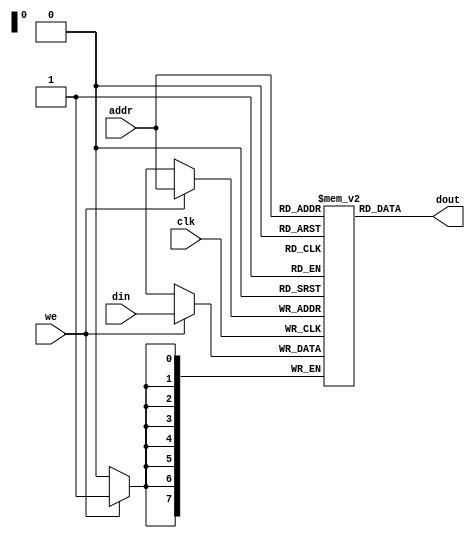
module RAM_SP_AR(clk, addr, we, din, dout);
    parameter  DATA_WIDTH = 8;
    parameter  ADDR_WIDTH = 8;
    localparam RAM_DEPTH  = 1 << ADDR_WIDTH;
    input  clk;
    input  [(ADDR_WIDTH-1):0] addr;
    input  we;
    input  [(DATA_WIDTH-1):0] din;
    output [(DATA_WIDTH-1):0] dout;

    reg [(DATA_WIDTH-1):0] ram [0:(RAM_DEPTH-1)];

    assign dout = ram[addr];

    always @(posedge clk) begin
        if (we) begin
            ram[addr] <= din;
        end
    end

endmodule